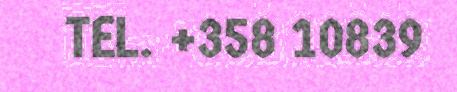
TEL. +358 10839